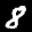
Label: 8